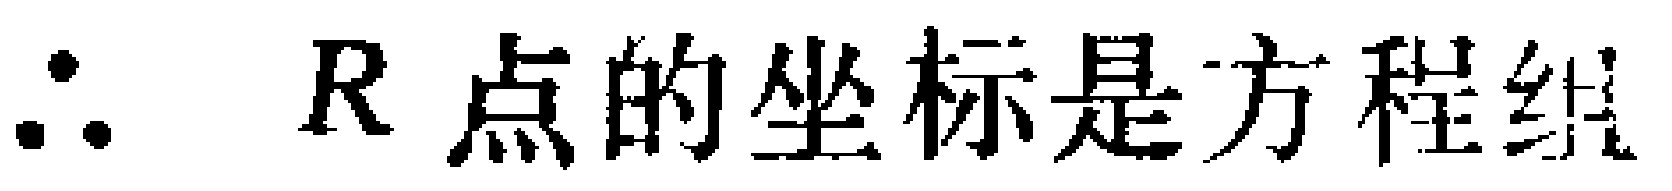
\(\therefore\ R点的坐标是方程组\)